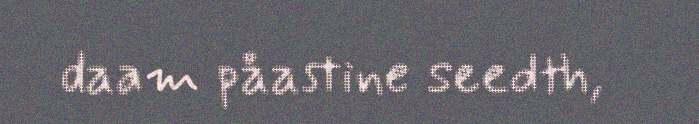
daam påastine seedth,